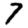
Digit: 7